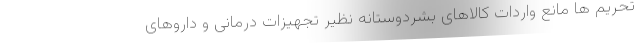
تحریم ها مانع واردات کالاهای بشردوستانه نظیر تجهیزات درمانی و داروهای